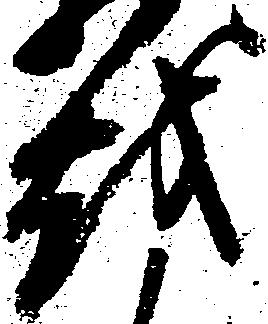
越